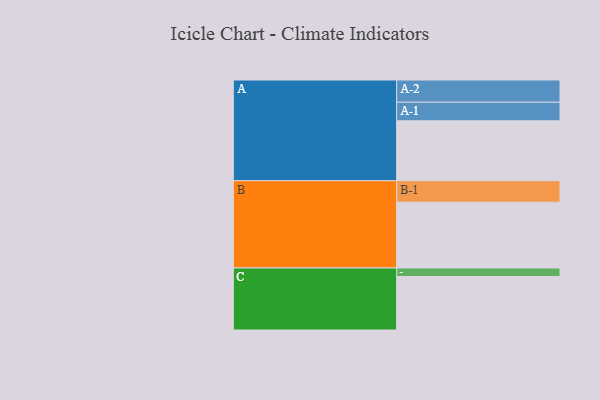
{"axis": {"x": "Segment", "y": "Value"}, "legend": ["", "A", "B", "C"], "data": [{"x": "A", "y": 458, "type": ""}, {"x": "B", "y": 503, "type": ""}, {"x": "C", "y": 409, "type": ""}, {"x": "A-1", "y": 142, "type": "A"}, {"x": "A-2", "y": 170, "type": "A"}, {"x": "B-1", "y": 164, "type": "B"}, {"x": "C-1", "y": 65, "type": "C"}]}